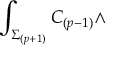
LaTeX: \int _ { \Sigma _ { ( p + 1 ) } } C _ { ( p - 1 ) } \wedge